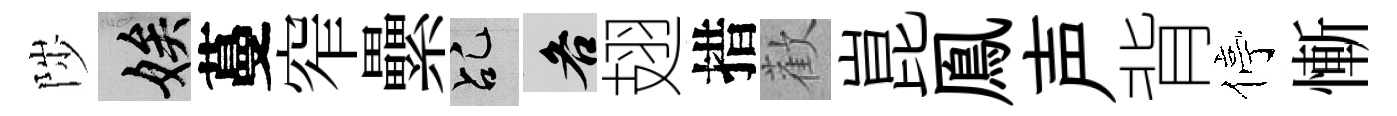
陟娭蔓窄纍乩各翅措歡崑鳯声背停慚